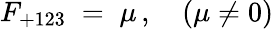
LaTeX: F_{+123}\; =\; \mu\, ,\quad(\mu\neq 0)